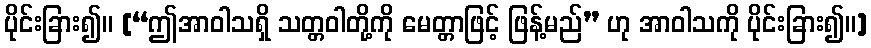
ပိုင်းခြား၍။ [“ဤအာဝါသရှိ သတ္တဝါတို့ကို မေတ္တာဖြင့် ဖြန့်မည်” ဟု အာဝါသကို ပိုင်းခြား၍။]